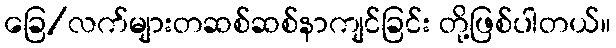
ခြေ/လက်များတဆစ်ဆစ်နာကျင်ခြင်း တို့ဖြစ်ပါတယ်။